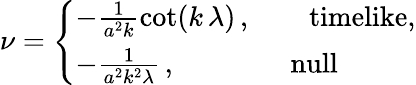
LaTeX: \nu=\left\{ \begin{array}{l}{{-\frac{1}{a^{2}k}{\cot}(k\, \lambda)\, ,\qquad\mathrm{timelike},}}\\ {{-\frac{1}{a^{2}k^{2}\lambda}\, ,\qquad\qquad\mathrm{null}}}\end{array}\right.